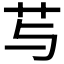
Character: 𰰠